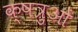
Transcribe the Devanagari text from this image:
क्षत्रुओं